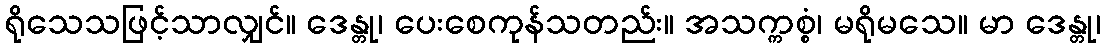
ရိုသေသဖြင့်သာလျှင်။ ဒေန္တု၊ ပေးစေကုန်သတည်း။ အသက္ကစ္စံ၊ မရိုမသေ။ မာ ဒေန္တု၊